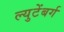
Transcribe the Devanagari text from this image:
ल्युटेंबर्ग